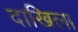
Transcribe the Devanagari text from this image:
दाखिला